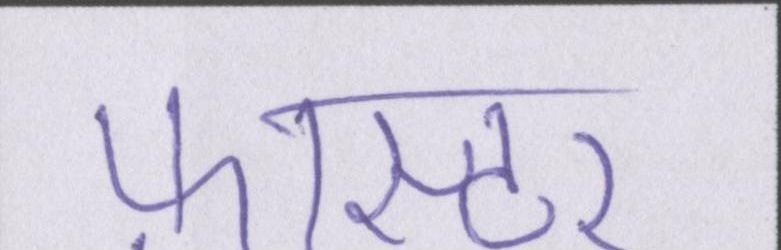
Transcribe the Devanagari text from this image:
फ़ास्टर